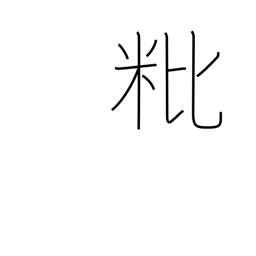
Meaning: empty grain husk